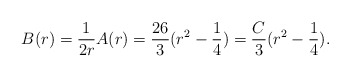
\begin{align*}B(r)=\frac{1}{2r}A(r)=\frac{26}{3}(r^2-\frac{1}{4})=\frac{C}{3}(r^2-\frac{1}{4}).\end{align*}